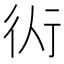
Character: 𧗟